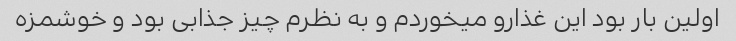
اولین بار بود این غذارو میخوردم و به نظرم چیز جذابی بود و خوشمزه